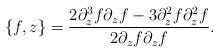
LaTeX: \begin{align*}\{ f,z \} = \frac{2 \partial_z^3 f \partial_z f- 3 \partial_z^2 f \partial_z^2 f}{2\partial_z f \partial_z f}.\end{align*}